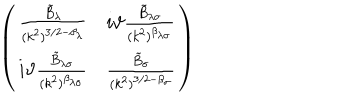
\left( \begin{array} { c c } { { \frac { \tilde { B } _ { \lambda } } { ( k ^ { 2 } ) ^ { 3 / 2 - \beta _ { \lambda } } } } } & { { i \vartheta \frac { \tilde { B } _ { \lambda \sigma } } { ( k ^ { 2 } ) ^ { \beta _ { \lambda \sigma } } } } } \\ { { i \vartheta \frac { \tilde { B } _ { \lambda \sigma } } { ( k ^ { 2 } ) ^ { \beta _ { \lambda \sigma } } } } } & { { \frac { \tilde { B } _ { \sigma } } { ( k ^ { 2 } ) ^ { 3 / 2 - \beta _ { \sigma } } } } } \\ \end{array} \right)